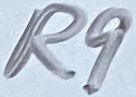
Text: R9